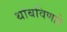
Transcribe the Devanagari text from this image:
थांबविणारे